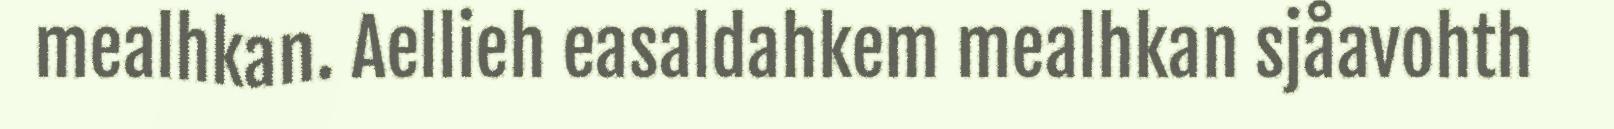
mealhkan. Aellieh easaldahkem mealhkan sjåavohth